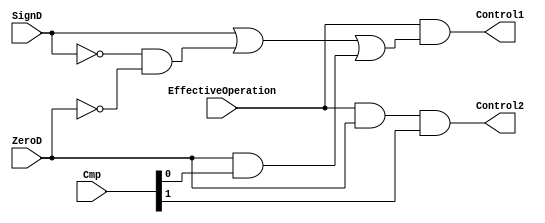
`timescale 1ns / 1ps
//////////////////////////////////////////////////////////////////////////////////
// Company: 
// Engineer: 
// 
// Design Name: 
// Module Name:    BitInvertControl 
// Project Name:   Floating Point Unit 
// Target Devices: 
// Tool versions: 
// Description: 
//                Control which Mantissa will be inverted
//
//////////////////////////////////////////////////////////////////////////////////
module BitInvertControl( EffectiveOperation , ZeroD , SignD , Cmp , Control1 , Control2
    );
	 
	 input EffectiveOperation ; // hold the effictive operation 0 -> + , 1 -> -
	 
	 input ZeroD ; // hold the Zero Flag of exponent difference
	 input SignD ; // hold the sign of the exponent difference
	 
	 input [ 1 : 0 ]Cmp ; // hold the case of Mantissas compare (Less|Greater)
	 
	 output Control1 ; // control signal to conditional inverter of the Mantissa will be aligned
	 
	 output Control2 ; // control signal to conditional inverter is ready
	 
	 
	 // we only need to invert when the effictive operation is substraction
	 // The mantissa in the aligning path will awalys be inverted when d is not equal to zero
	 // and the mantisssa in the other path will never be inverted whten d is not quale to zero
    // in case of d is equal to zero, we need to depend on cmp signal and invert the less number as 
    // the both mantissa pass through the swap component 	 
	 assign Control1 = EffectiveOperation & ( SignD | ((~SignD) & (~ZeroD)) | (ZeroD & Cmp[0])) ,
			  Control2 = EffectiveOperation & ZeroD & Cmp[1]  ;

endmodule